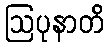
ဩပုနာတိ